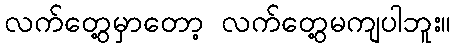
လက်တွေ့မှာတော့ လက်တွေ့မကျပါဘူး။